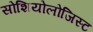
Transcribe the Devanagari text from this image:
सोशियोलोजिस्ट